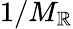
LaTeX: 1/M_{\mathbb{R}}